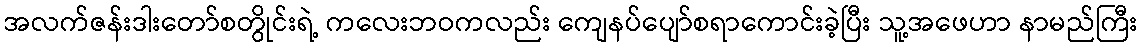
အလက်ဇန်းဒါးတော်စတွိုင်းရဲ့ ကလေးဘဝကလည်း ကျေနပ်ပျော်စရာကောင်းခဲ့ပြီး သူ့အဖေဟာ နာမည်ကြီး